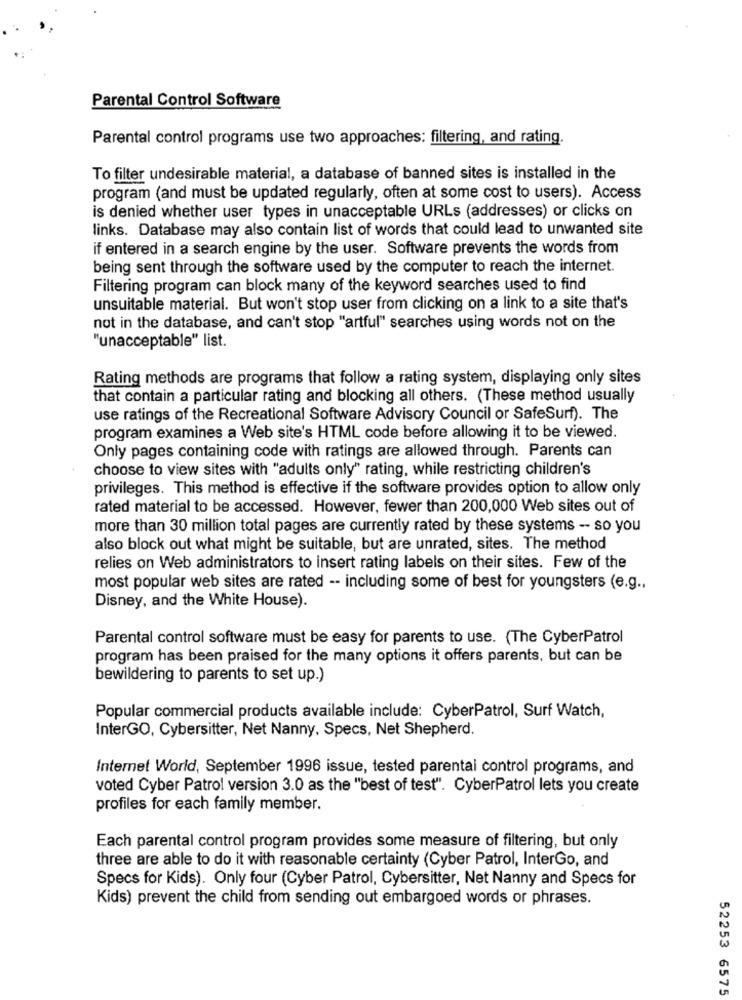
Parental Control Software
Parental control programs use two approaches: filtering, and rating.
To filter undesirable material, a database of banned sites is installed in the
program (and must be updated regularly, often at some cost to users). Access
is denied whether user types in unacceptable URLs (addresses) or clicks on
links. Database may also contain list of words that could lead to unwanted site
if entered in a search engine by the user. Software prevents the words from
being sent through the software used by the computer to reach the internet.
Filtering program can block many of the keyword searches used to find
unsuitable material. But won't stop user from clicking on a link to a site that's
not in the database, and can't stop "artful" searches using words not on the
"unacceptable" list.
Rating methods are programs that follow a rating system, displaying only sites
that contain a particular rating and blocking all others. (These method usually
use ratings of the Recreational Software Advisory Council or SafeSurf). The
program examines a Web site's HTML code before allowing it to be viewed.
Only pages containing code with ratings are allowed through. Parents can
choose to view sites with "adults only" rating, while restricting children's
privileges. This method is effective if the software provides option to allow only
rated material to be accessed. However, fewer than 200,000 Web sites out of
more than 30 million total pages are currently rated by these systems - so you
also block out what might be suitable, but are unrated, sites. The method
relies on Web administrators to insert rating labels on their sites. Few of the
most popular web sites are rated -- including some of best for youngsters (e.g .,
Disney, and the White House).
Parental control software must be easy for parents to use. (The CyberPatrol
program has been praised for the many options it offers parents, but can be
bewildering to parents to set up.)
Popular commercial products available include: CyberPatrol, Surf Watch,
InterGO, Cybersitter, Net Nanny, Specs, Net Shepherd.
Internet World, September 1996 issue, tested parental control programs, and
voted Cyber Patrol version 3.0 as the "best of test". CyberPatrol lets you create
profiles for each family member.
Each parental control program provides some measure of filtering, but only
three are able to do it with reasonable certainty (Cyber Patrol, InterGo, and
Specs for Kids). Only four (Cyber Patrol, Cybersitter, Net Nanny and Specs for
Kids) prevent the child from sending out embargoed words or phrases.
52253 6575